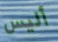
أليس